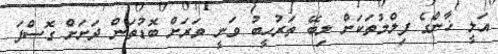
އަލީ ޚާންގެ ފިލްމުތަކަށް ލިބޭ ތަރުހީބު ވަނީ ވަރަށް ބޮޑުތަން ދަށަށް ގޮސްފަ